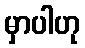
မှာပါဟု